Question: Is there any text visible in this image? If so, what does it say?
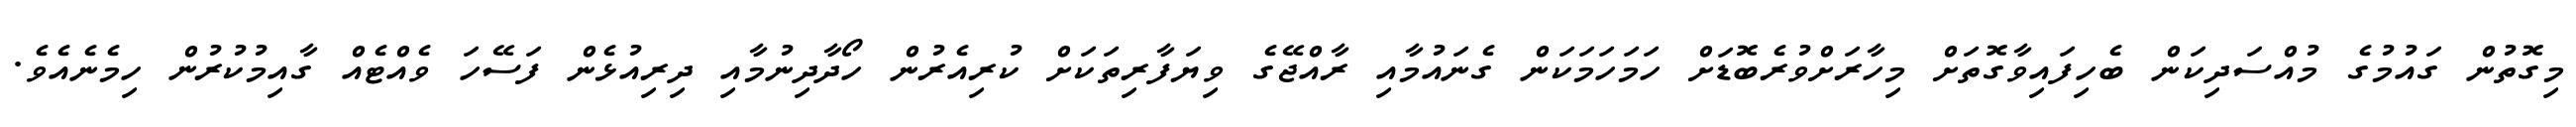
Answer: މިގޮތުން ގައުމުގެ މުއްސަދިކަން ބެހިފައިވާގޮތަށް މިހާރަށްވުރެބޮޑަށް ހަމަހަމަކަން ގެނައުމާއި ރާއްޖޭގެ ވިޔަފާރިތަކަށް ކުރިއެރުން ހޯދާދިނުމާއި ދިރިއުޅެން ފަސޭހަ ވެއްޓެއް ގާއިމުކުރުން ހިމެނެއެވެ.